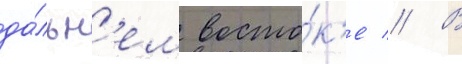
да́льн'ем восто́к'е // В